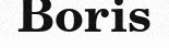
Boris